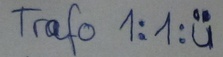
Text: Trafo 1:1:u